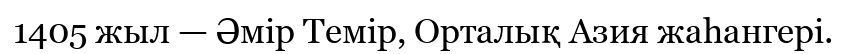
1405 жыл — Әмір Темір, Орталық Азия жаһангері.